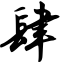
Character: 肆